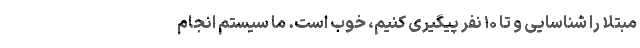
مبتلا را شناسایی و تا ۱۰ نفر پیگیری کنیم، خوب است. ما سیستم انجام